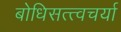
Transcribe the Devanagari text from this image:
बोधिसत्त्वचर्या